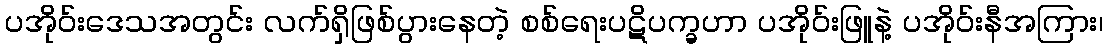
ပအိုဝ်းဒေသအတွင်း လက်ရှိဖြစ်ပွားနေတဲ့ စစ်ရေးပဋိပက္ခဟာ ပအိုဝ်းဖြူနဲ့ ပအိုဝ်းနီအကြား၊